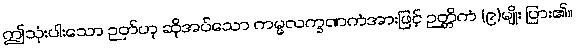
ဤသုံးပါးသော ဉတ်ဟု ဆိုအပ်သော ကမ္မလက္ခဏကံအားဖြင့် ဉတ္တိကံ (၉)မျိုး ပြား၏။